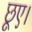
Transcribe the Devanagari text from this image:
छूए।